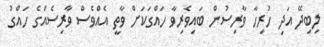
ލިބިދޭ އަދި ހުރިހާ ވާރިސުން ބައިވެރިވާ ހައްގަކަށް ވާތީ އެއްވެސް ވާރިސެއްގެ ހައްގު